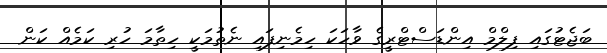
ބަޖެޓުގައި ފިލްމް އިންޑަސްޓްރީގެ ވާހަކަ ހިމެނިފައި ނެތުމަކީ ހިތާމަ ހުރި ކަމެއް ކަން